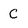
Character: C